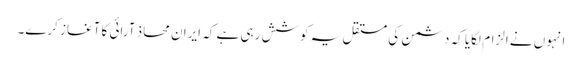
انہوں نے الزام لگایا کہ دشمن کی مستقل یہ کوشش رہی ہے کہ ایران محاذ آرائی کا آغاز کرے۔